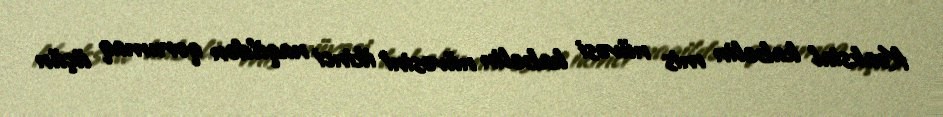
Koaksial kabelin mis nüvəsi kabelin nüvəsini ikinci naqildən qorumaq üçün